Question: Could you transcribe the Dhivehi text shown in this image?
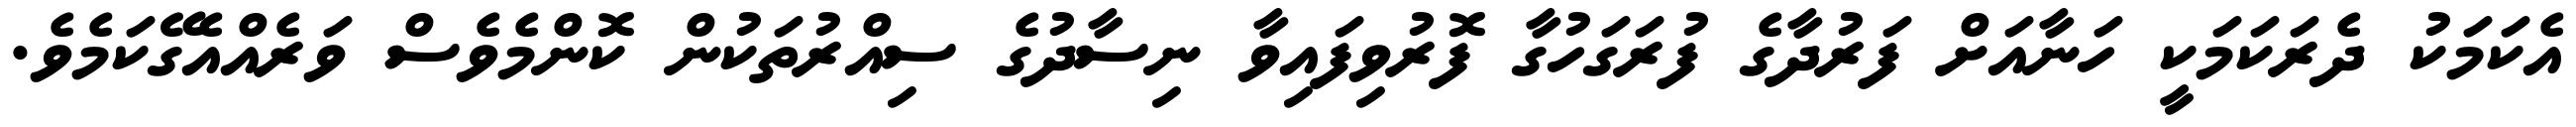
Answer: އެކަމަކު ދެރަކަމަކީ ހަނާއަށް ފަރުދާގެ ފުރަގަހުގާ ފޮރުވިފައިވާ ނިސާދުގެ ސިއްރުތަކުން ކޮންމެވެސް ވަރެއްއެގޭކަމެވެ.